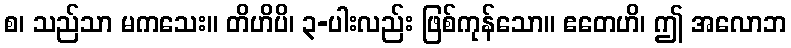
စ၊ သည်သာ မကသေး။ တိဟိပိ၊ ၃-ပါးလည်း ဖြစ်ကုန်သော။ ဧတေဟိ၊ ဤ အလောဘ